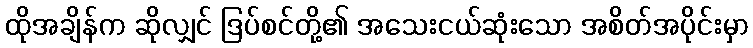
ထိုအချိန်က ဆိုလျှင် ဒြပ်စင်တို့၏ အသေးငယ်ဆုံးသော အစိတ်အပိုင်းမှာ